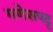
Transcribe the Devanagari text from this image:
गणेशपट्ट